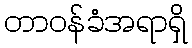
တာဝန်ခံအရာရှိ